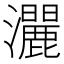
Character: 𱪔